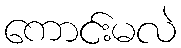
ကောင်းမလဲ